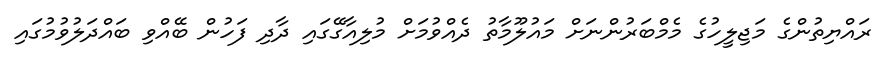
ރައްޔިތުންގެ މަޖިލީހުގެ މެމްބަރުންނަށް މައުލޫމާތު ދެއްވުމަށް މުލިއާގޭގައި ދާދި ފަހުން ބޭއްވި ބައްދަލުވުމުގައި